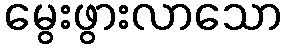
မွေးဖွားလာသော